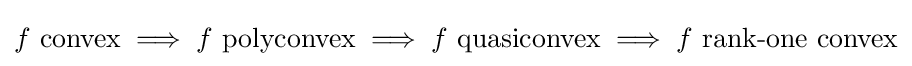
f{\text{ convex}}\implies f{\text{ polyconvex}}\implies f{\text{ quasiconvex}}\implies f{\text{ rank-one convex}}